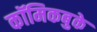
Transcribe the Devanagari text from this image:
कॉमिकबुके